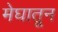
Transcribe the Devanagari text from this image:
मेघातून